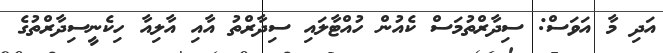
އަދި މާ އަވަސް: ސިދާރްތުމަސް ކެއުން ހުއްޓާލައި ސިދާރްތު އާއި އާލިއާ ހިކެނީސިދާރްތުގެ